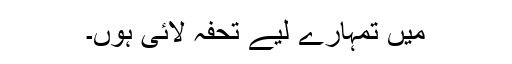
میں تمہارے لیے تحفہ لائی ہوں۔